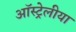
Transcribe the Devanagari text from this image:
ऑस्ट्रेलीया